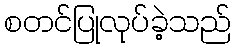
စတင်ပြုလုပ်ခဲ့သည်